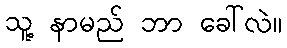
သူ့ နာမည် ဘာ ခေါ်လဲ။